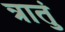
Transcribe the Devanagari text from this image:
त्रातुं